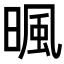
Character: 𣈼